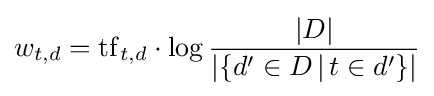
w_{t,d}=\mathrm {tf} _{t,d}\cdot \log {\frac {|D|}{|\{d'\in D\,|\,t\in d'\}|}}